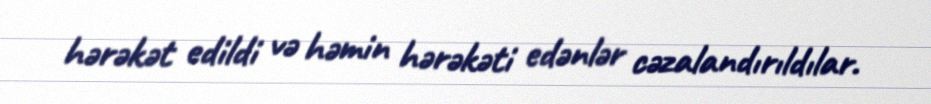
hərəkət edildi və həmin hərəkəti edənlər cəzalandırıldılar.